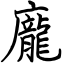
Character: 龐